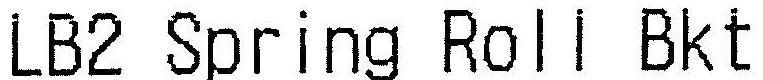
LB2 SPRING ROLL BKT